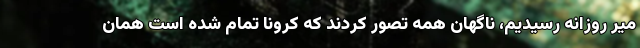
میر روزانه رسیدیم، ناگهان همه تصور کردند که کرونا تمام شده است همان